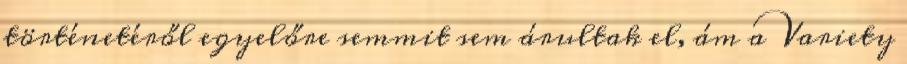
történetéről egyelőre semmit sem árultak el, ám a Variety